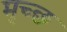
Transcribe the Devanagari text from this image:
मृच्छ